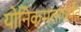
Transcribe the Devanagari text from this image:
योनिकमलापर्यंत